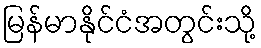
မြန်မာနိုင်ငံအတွင်းသို့